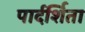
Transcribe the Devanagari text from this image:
पार्दर्शिता